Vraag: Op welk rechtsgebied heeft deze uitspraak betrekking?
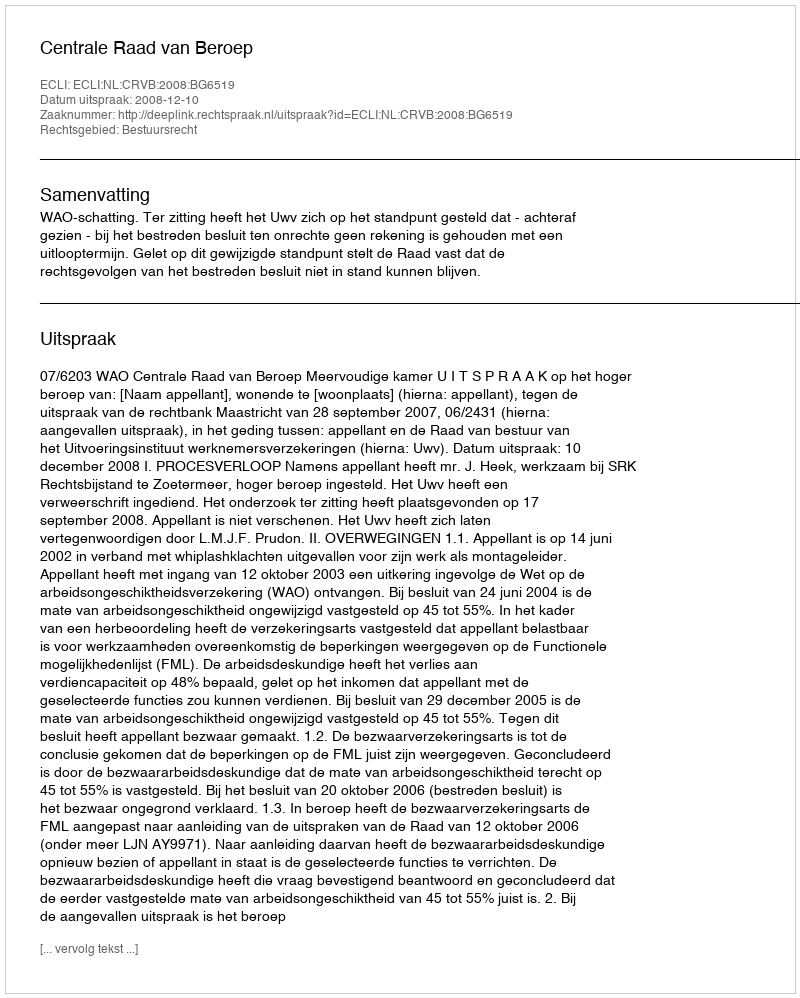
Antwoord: Bestuursrecht